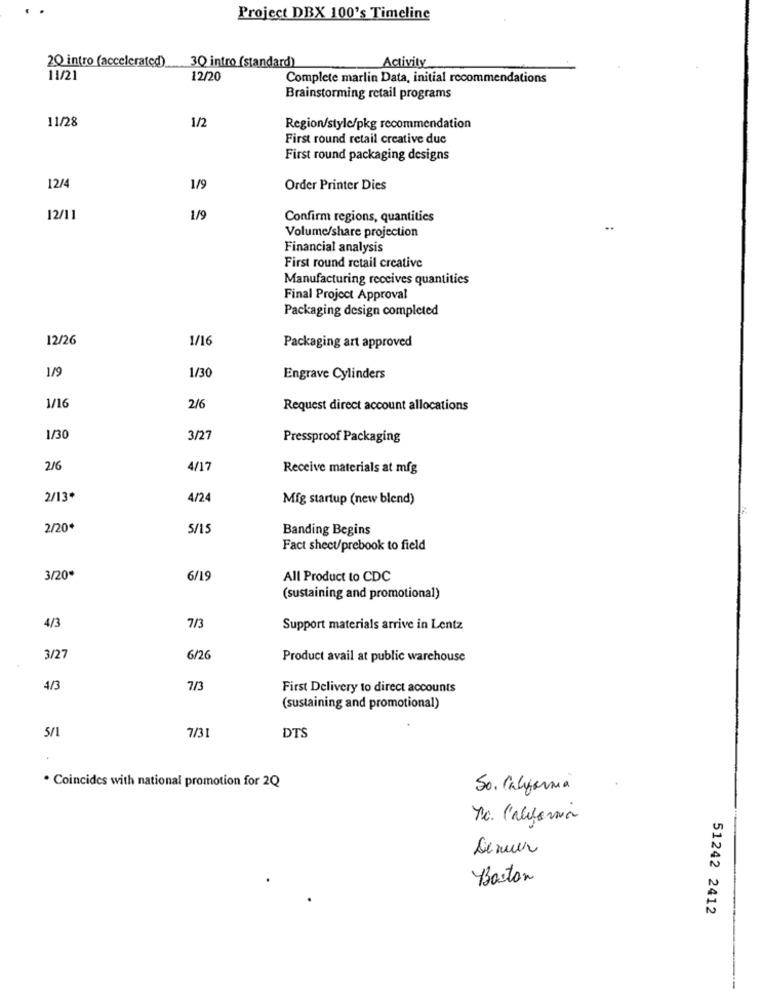
Project DBX 100's Timeline
20 intro (accelerated)
Activity
30 intro (standard)
11/21
12/20
Complete marlin Data, initial recommendations
Brainstorming retail programs
11/28
1/2
Region/stylc/pkg recommendation
First round retail creative due
First round packaging designs
12/4
1/9
Order Printer Dies
12/11
1/9
Confirm regions, quantities
Volume/share projection
..
Financial analysis
First round retail creative
Manufacturing receives quantities
Final Project Approval
Packaging design completed
12/26
1/16
Packaging art approved
1/9
1/30
Engrave Cylinders
1/16
2/6
Request direct account allocations
1/30
3/27
Pressproof Packaging
2/6
4/17
Receive materials at mfg
2/13*
4/24
Mfg startup (new blend)
2/20
5/15
Banding Begins
Fact sheet/prebook to field
3/20
6/19
All Product to CDC
(sustaining and promotional)
4/3
7/3
Support materials arrive in Lentz
3/27
6/26
Product avail at public warehouse
4/3
7/3
First Delivery to direct accounts
(sustaining and promotional)
5/1
7/31
DTS
. Coincides with national promotion for 2Q
So. California
R.c. California
Denier
Boston
51242 2412